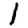
Digit: 1